Report of the Indian Hemp Drugs Commission, 1894-1895 - Volume IV
Year: 1894
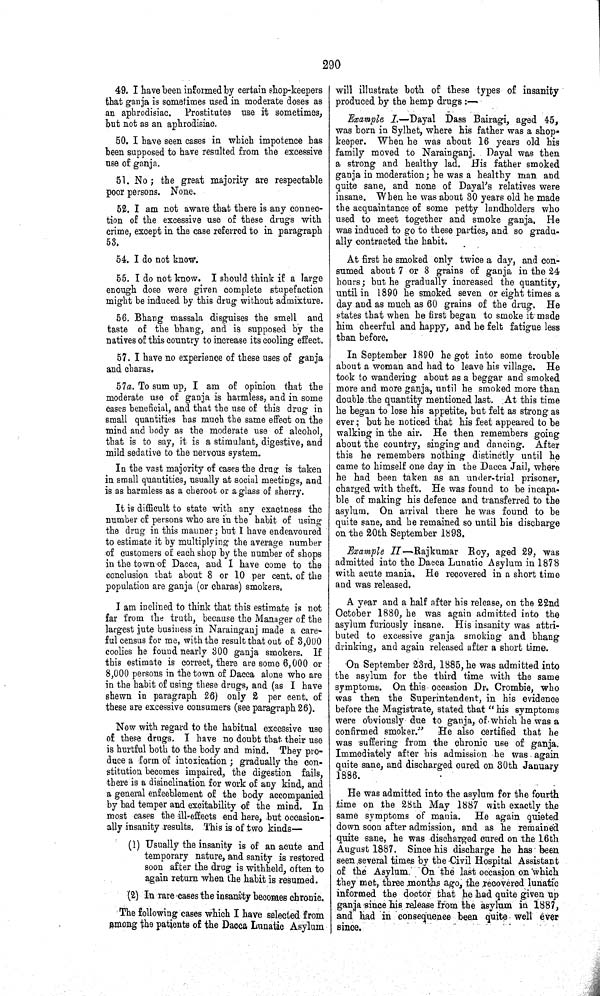
290
49. I have been informed by certain shop-keepers
that ganja is sometimes used in moderate doses as
an aphrodisiac. Prostitutes use it sometimes,
but not as an aphrodisiac.
50. I have seen cases in which impotence has
been supposed to have resulted from the excessive
use of ganja.
51. No; the great majority are respectable
poor persons. None.
52. I am not aware that there is any connec-
tion of the excessive use of these drugs with
crime, except in the case referred to in paragraph
53.
54. I do not know.
55. I do not know. I should think if a large
enough dose were given complete stupefaction
might be induced by this drug without admixture.
56. Bhang massala disguises the smell and
taste of the bhang, and is supposed by the
natives of this country to increase its cooling effect.
57. I have no experience of these uses of ganja
and charas.
57a. To sum up, I am of opinion that the
moderate use of ganja is harmless, and in some
cases beneficial, and that the use of this drug in
small quantities has much the same effect on the
mind and body as the moderate use of alcohol,
that is to say, it is a stimulant, digestive, and
mild sedative to the nervous system.
In the vast majority of cases the drug is taken
in small quantities, usually at social meetings, and
is as harmless as a cheroot or a glass of sherry.
It is difficult to state with any exactness the
number of persons who are in the habit of using
the drug in this manner; but I have endeavoured
to estimate it by multiplying the average number
of customers of each shop by the number of shops
in the town of Dacca, and I have come to the
conclusion that about 8 or 10 per cent. of the
population are ganja (or charas) smokers.
I am inclined to think that this estimate is not
far from the truth, because the Manager of the
largest jute business in Narainganj made a care-
ful census for me, with the result that out of 3,000
coolies he found nearly 300 ganja smokers. If
this estimate is correct, there are some 6,000 or
8,000 persons in the town of Dacca alone who are
in the habit of using these drugs, and (as I have
shewn in paragraph 26) only 2 per cent. of
these are excessive consumers (see paragraph 26).
Now with regard to the habitual excessive use
of these drugs. I have no doubt that their use
is hurtful both to the body and mind. They pro-
duce a form of intoxication; gradually the con-
stitution becomes impaired, the digestion fails,
there is a disinclination for work of any kind, and
a general enfeeblement of the body accompanied
by bad temper and excitability of the mind. In
most cases the ill-effects end here, but occasion-
ally insanity results. This is of two kinds—
(1) Usually the insanity is of an acute and
temporary nature, and sanity is restored
soon after the drug is withheld, often to
again return when the habit is resumed.
(2) In rare cases the insanity becomes chronie.
The following cases which I have selected from
among the patients of the Dacca Lunatic Asylum
will illustrate both of these types of insanity
produced by the hemp drugs:—
Example I.—Dayal Dass Bairagi, aged 45,
was born in Sylhet, where his father was a shop-
keeper. When he was about 16 years old his
family moved to Narainganj. Dayal was then
a strong and healthy lad. His father smoked
ganja in moderation; he was a healthy man and
quite sane, and none of Dayal's relatives were
insane. When he was about 30 years old he made
the acquaintance of some petty landholders who
used to meet together and smoke ganja. He
was induced to go to these parties, and so gradu-
ally contracted the habit.
At first he smoked only twice a day, and con-
sumed about 7 or 8 grains of ganja in the 24
hours; but he gradually increased the quantity,
until in 1890 he smoked seven or eight times a
day and as much as 60 grains of the drug. He
states that when he first began to smoke it made
him cheerful and happy, and he felt fatigue less
than before.
In September 1890 he got into some trouble
about a woman and had to leave his village. He
took to wandering about as a beggar and smoked
more and more ganja, until he smoked more than
double the quantity mentioned last. At this time
he began to lose his appetite, but felt as strong as
ever; but he noticed that his feet appeared to be
walking in the air. He then remembers going
about the country, singing and dancing. After
this he remembers nothing distinctly until he
came to himself one day in the Dacca Jail, where
he had been taken as an under-trial prisoner,
charged with theft. He was found to be incapa-
ble of making his defence and transferred to the
asylum. On arrival there he was found to be
quite sane, and he remained so until his discharge
on the 20th September 1893.
Example II.—Rajkumar Boy, aged 29, was
admitted into the Dacca Lunatic Asylum in 1878
with acute mania. He recovered in a short time
and was released.
A year and a half after his release, on the 22nd
October 1880, he was again admitted into the
asylum furiously insane. His insanity was attri-
buted to excessive ganja smoking and bhang
drinking, and again released after a short time.
On September 23rd, 1885, he was admitted into
the asylum for the third time with the same
symptoms. On this occasion Dr. Crombie, who
was then the Superintendent, in his evidence
before the Magistrate, stated that "his symptoms
were obviously due to ganja, of which he was a
confirmed smoker." He also certified that he
was suffering from the chronic use of ganja.
Immediately after his admission he was again
quite sane, and discharged cured on 30th January
1886.
He was admitted into the asylum for the fourth
time on the 28th May 1887 with exactly the
same symptoms of mania. He again quieted
down soon after admission, and as he remained
quite sane, he was discharged cured on the 16th
August 1887. Since his discharge he has been
seen several times by the Civil Hospital Assistant
of the Asylum. On the last occasion on which
they met, three months ago, the recovered lunatic
informed the doctor that he had quite given up
ganja since his release from the asylum in 1887,
and had in consequence been quite well ever
since.